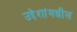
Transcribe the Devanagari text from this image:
उद्देशांमधील